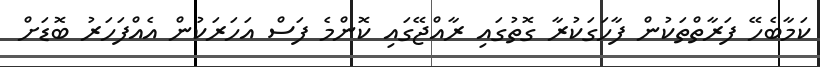
ކަމާބެހޭ ފަރާތްތަކުން ފާހަގަކުރާ ގޮތުގައި ރާއްޖޭގައި ކޮންމެ ފަސް އަހަރަކުން އެއްފަހަރު ބޮޑަށް